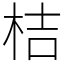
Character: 桔